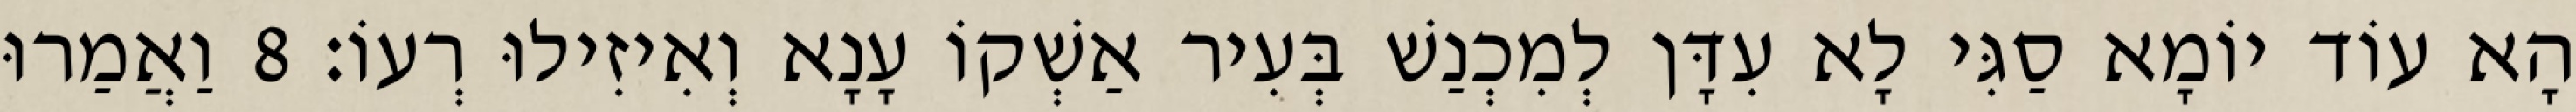
הָא עוֹד יוֹמָא סַגִּי לָא עִדָּן לְמִכְנַשׁ בְּעִיר אַשְׁקוֹ עָנָא וְאִיזִילוּ רְעוֹ׃ 8 וַאֲמַרוּ